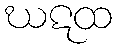
ဃဋထ